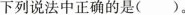
下列说法中正确的是()。